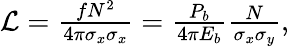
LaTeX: \begin{array}{r}{\mathcal{L}=\frac{fN^{2}}{4\pi\sigma_{x}\sigma_{x}}=\frac{P_{b}}{4\pi E_{b}}\frac{N}{\sigma_{x}\sigma_{y}},}\end{array}